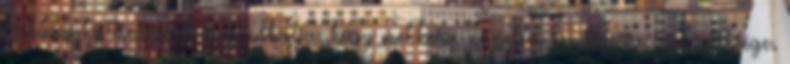
Néhány kattintással megtudhatja, hogy mekkora napelem rendszerre van szüksége.